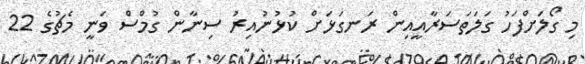
މި ގޯލަށްފަހު ގަލަތަސަރާއީއިން ރަނގަޅަށް ކުޅުނުއިރު ސިނާން ގުމްސް ވަނީ މެޗުގެ 22